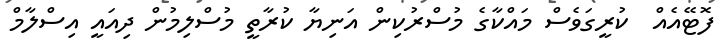
ފޮޓޭއެއް  ކުރީގަވެސް މައްކާގެ މުސްރުކިން އަނިޔާ ކުރާތީ މުސްލިމުން ދިއައީ އިސްލާމް